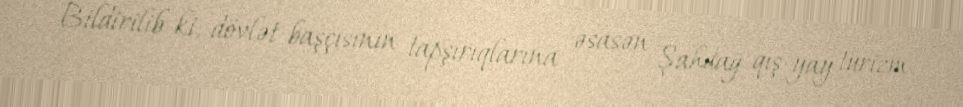
Bildirilib ki, dövlət başçısının tapşırıqlarına əsasən Şahdağ qış-yay turizm